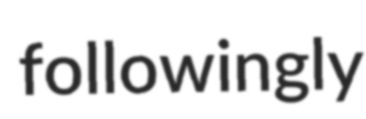
followingly